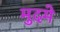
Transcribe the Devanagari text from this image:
मुदमे